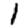
Digit: 1